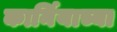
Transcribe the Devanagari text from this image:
कार्नियाच्या